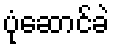
ပုံဆောင်ခဲ